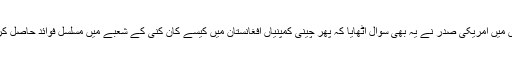
اسی اجلاس میں امریکی صدر نے یہ بھی سوال اٹھایا کہ پھر چینی کمپنیاں افغانستان میں کیسے کان کنی کے شعبے میں مسلسل فوائد حاصل کررہی ہیں؟